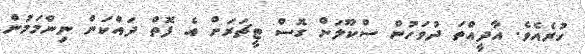
ހުރެއެވެ. އާދީއްތަ ދުވަހުން ސްކޫލަށް ގޮސް ޓީޗަރަށް އެ ފޮތް ދައްކަން ނިންމަމުން